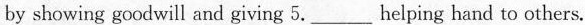
by showing goodwill and giving 5.___ Helping hand to others.